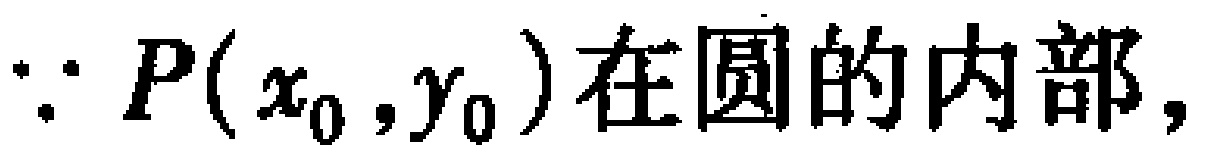
$\because P(x_{0},y_{0})$在圆的内部，